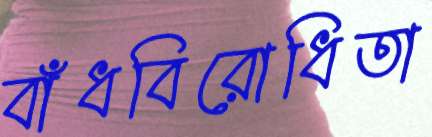
বাঁধবিরোধিতা